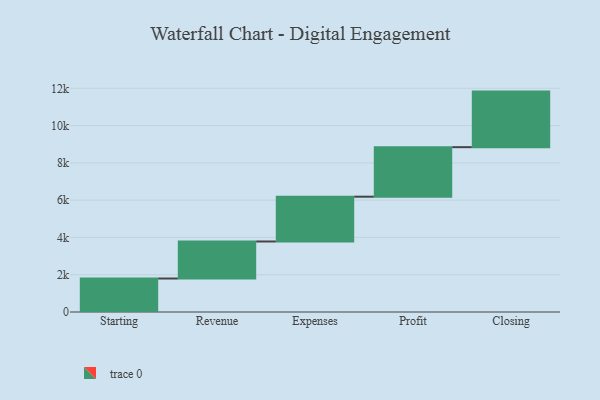
{"axis": {"x": "Step", "y": "Value"}, "legend": [""], "data": [{"x": "Starting", "y": 1797.0, "type": ""}, {"x": "Revenue", "y": 1986.0, "type": ""}, {"x": "Expenses", "y": 2403.0, "type": ""}, {"x": "Profit", "y": 2658.0, "type": ""}, {"x": "Closing", "y": 2981.0, "type": ""}]}